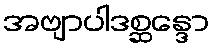
အဗျာပါဒစ္ဆန္ဒော